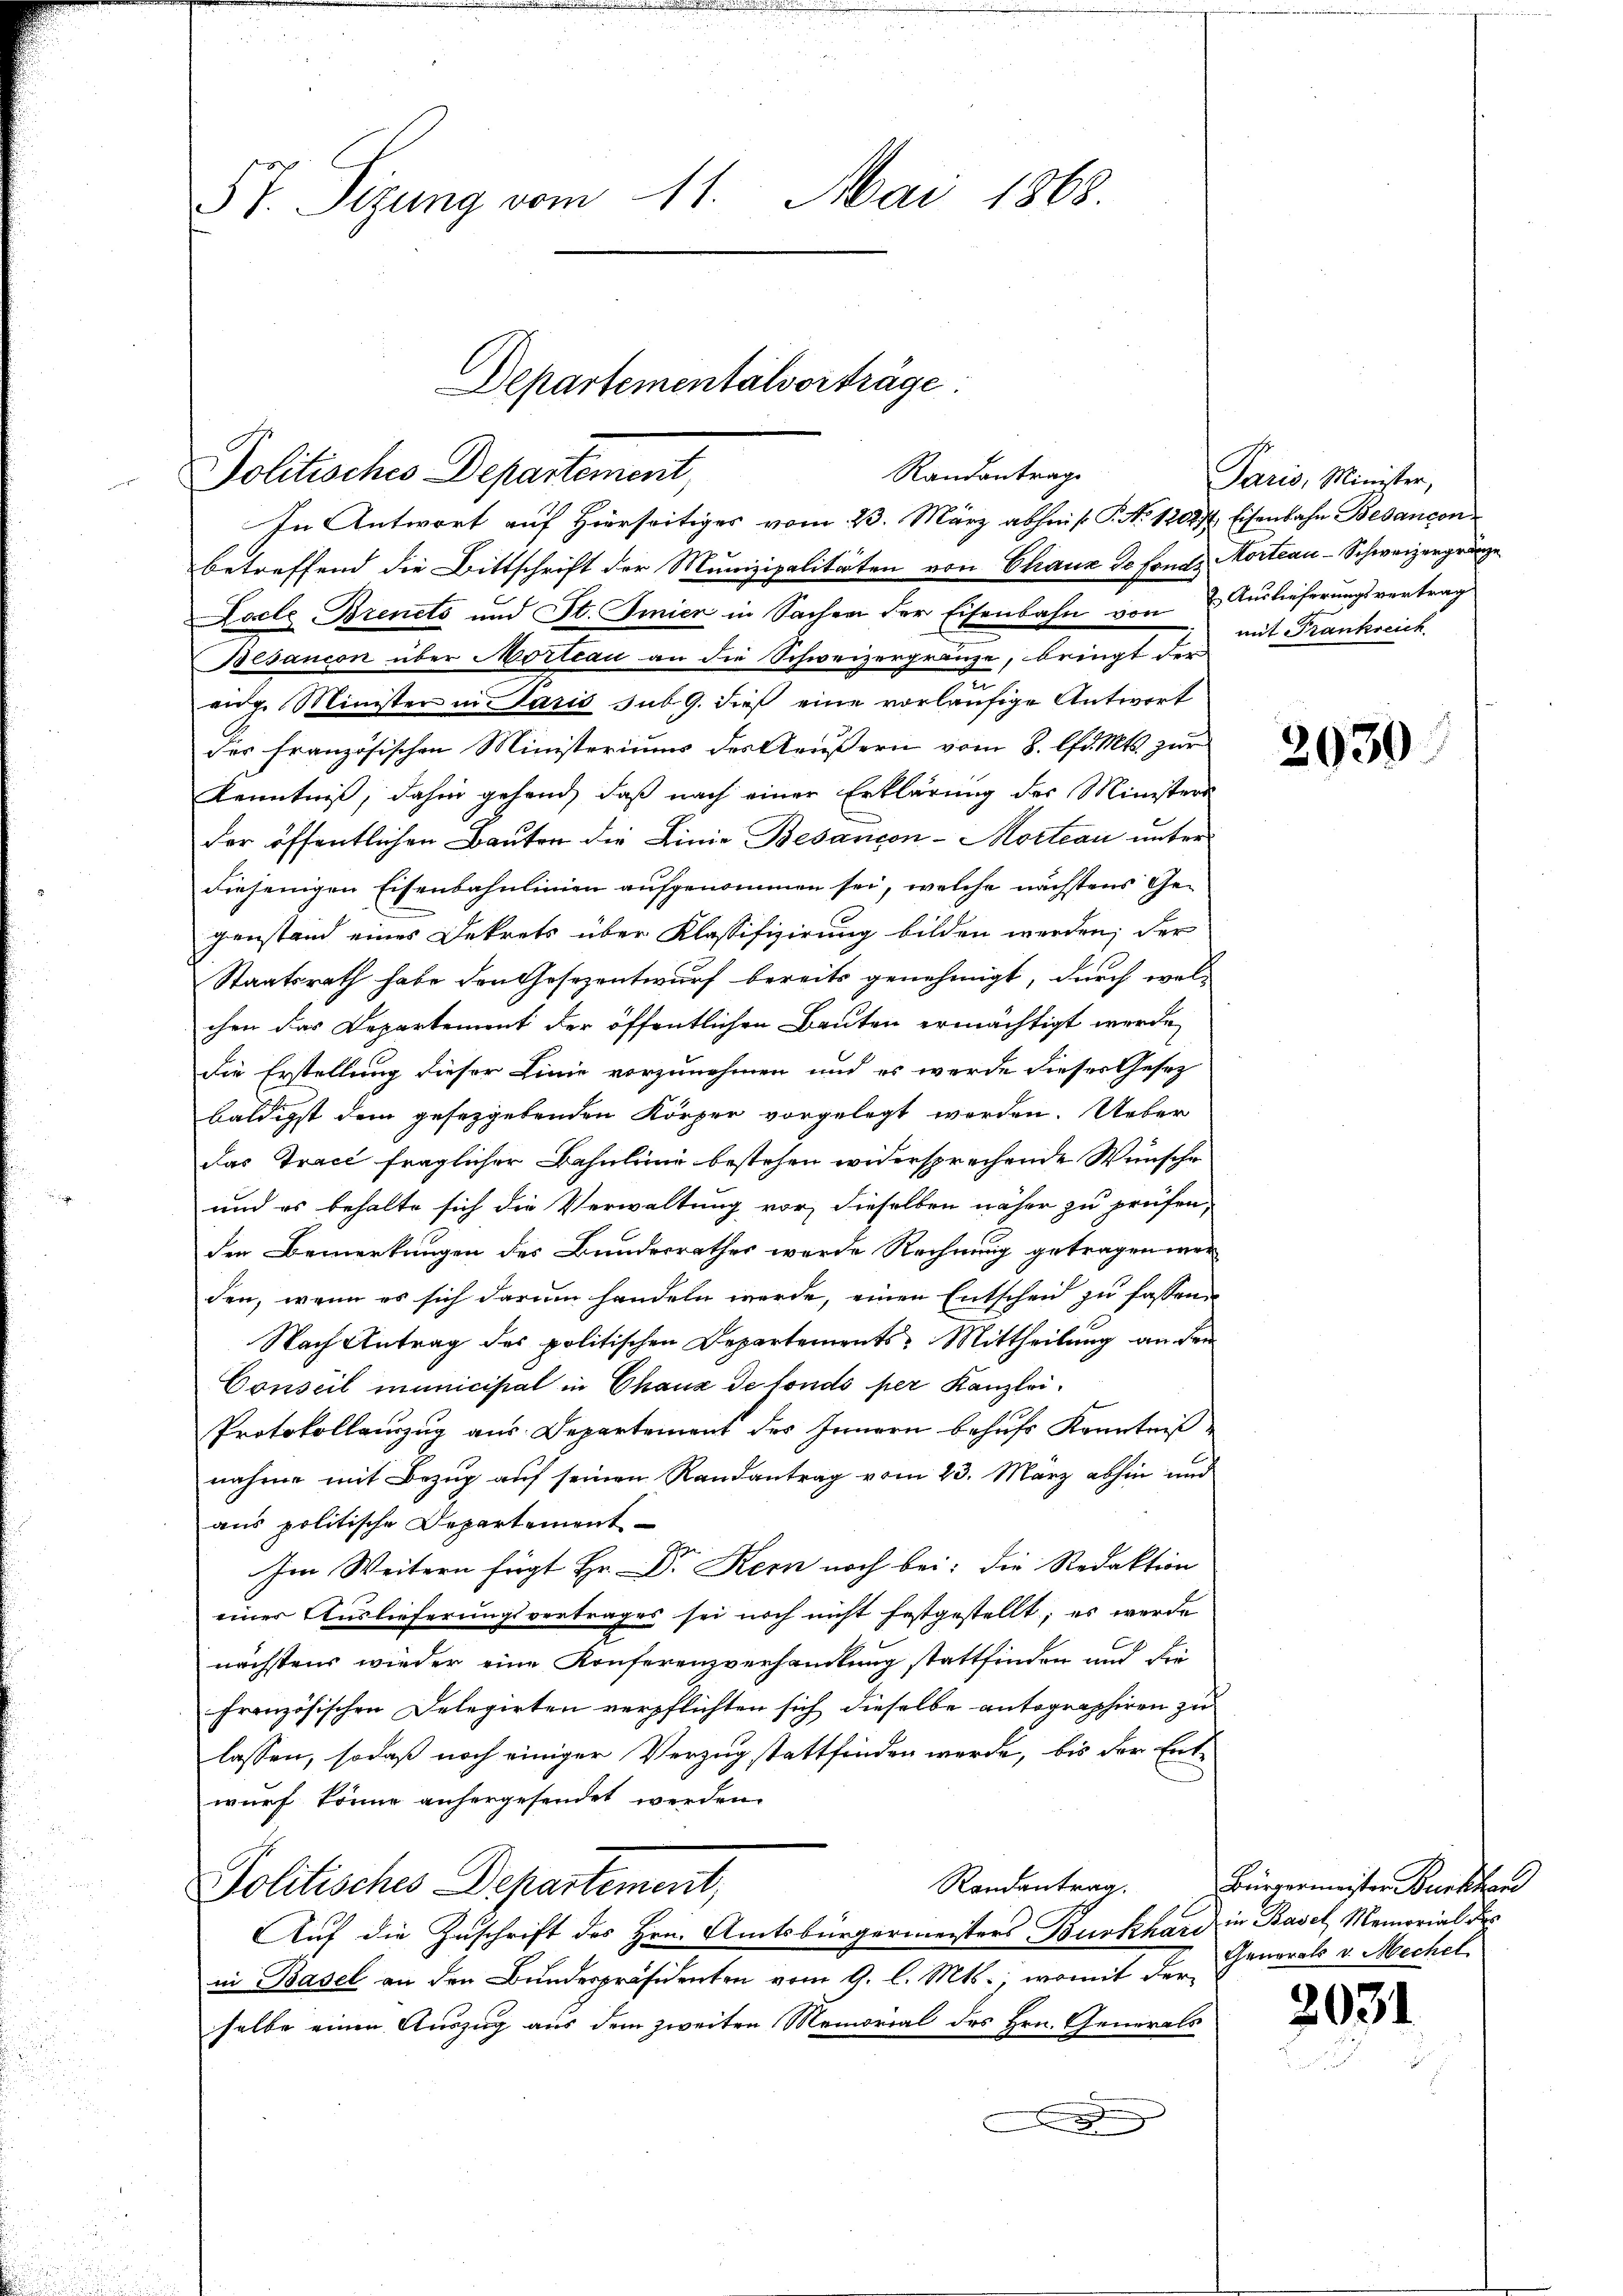
ST. Sizung vom 11. Mai 1868.

Randantrage
Politisches Departement,
In Antwort auf Hierseitiges vom 23. März abheis. P. Nr. 12027. Eisenbahn Bedancon

betreffend die Bittschrift der Munizipalitäten von Chaux de fond. Hortiau-Schweizergränze
Locle Brenets und St. Smier in Sachen der Eisenbahn von 2. Auslieferungsvertrag
Besançon über Morteau an die Schweizergränze, bringt der
u
vidg. Minister in Paris sub. 9. dieß eine vorläufige Antwort
der französischen Ministeriums des Aeußern vom 8. lfd. Mts. zur
Kenntniß, dahin gehend, daß nach einer Erklärung des Ministers
der öffentlichen Bauten die Linie Besançon - Morteau unter
diejenigen Eisenbahnlinien aufgenommen sei, welche nächstens Ge-
genstand eines Dekrets über Klassifizierung bilden werden; der
Staatsrath habe den Gesezentwurf bereits genehmigt, durch wel-
chen das Departement der öffentlichen Bauten ermächtigt werde,
die Erstellung dieser Linie vorzunehmen und es werde dieses Gesetz
baldigst dem gesezgebenden Körper vorgelegt werden. Ueber
das Trace fraglicher Bahnlinie bestehen widersprechende Wünsche
und es behalte sich die Verwaltung vor, dieselben näher zu prüfen,
den Bemerkungen des Bundesrathes werde Rechnung getragen wer
den, wenn es sich darum handeln werde, einen Entscheid zu fassen.
Nach Antrag des politischen Departements Mittheilung an den
Conseil municipial in Chaux de fonds per Kanzlei.
Protokollauszug aus Departement des Innern behufs Kenntnißnahme mit Bezug auf seinen Randantrag vom 23. März abhin und
ans politische Departement
Im Weitern fügt Hr. Dr. Kern noch bei: die Redaktion
einer Auslieferungsvertrages sei noch nicht festgestellt; es werde
nächstens wieder eine Konferenzverhandlung stattfinden und die
französischen Delegirten verpflichten sich dieselbe antographiren zu
lassen, sodaß noch einiger Verzug stattfinden werde, bis der Entwurf könne anhergesendet werden.
Randantrag.
Politisches Departement,
Auf die Zuschrift des Hrn. Amtsbürgermeisters Burkhard in Basel Memorial des
in Basel an den Bundespräsidenten vom 9. l. Mts., womit der
selbe einen Auszug aus dem zweiten Memorial des Hrn. Generals
A

Departementalverträge

Paris, Minister,
mit Frankreich

2030

Bürgermeister unters
Generals v. Mechel

2031